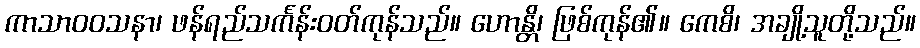
ကာသာဝဝသနာ၊ ဖန်ရည်သင်္ကန်းဝတ်ကုန်သည်။ ဟောန္တိ၊ ဖြစ်ကုန်၏။ ကေစိ၊ အချို့သူတို့သည်။